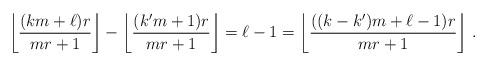
LaTeX: \begin{align*}\left\lfloor\frac{(km+\ell)r}{mr+1}\right\rfloor-\left\lfloor\frac{(k'm+1)r}{mr+1}\right\rfloor = \ell-1 = \left\lfloor\frac{((k-k')m+\ell-1)r}{mr+1}\right\rfloor \, .\end{align*}